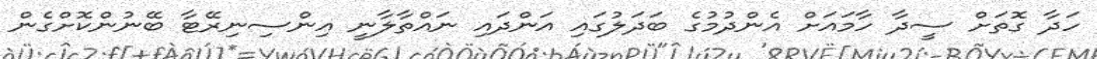
ހަދާ ގޮތަށް ސީދާ ހާމައަށް އެންދުމުގެ ބަދަލުގައި އަންދައި ނައްތާލާނީ އިންސިނިރޭޓާ ބޭނުންކޮށްގެން